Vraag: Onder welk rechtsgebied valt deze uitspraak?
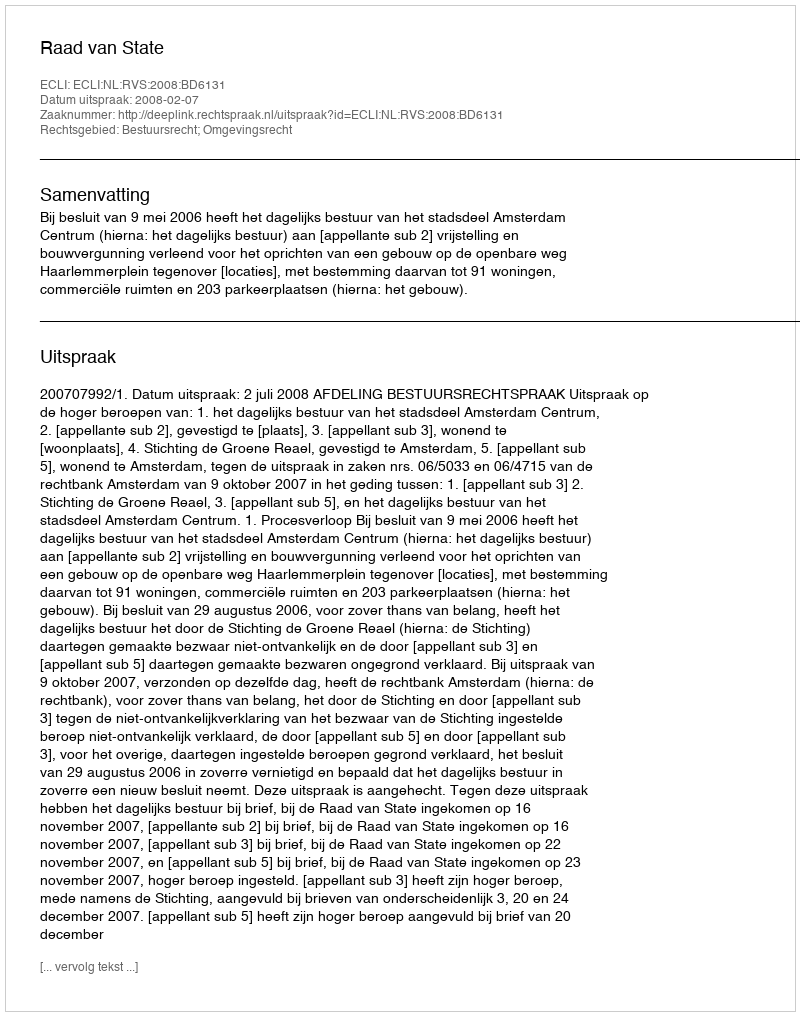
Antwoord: Bestuursrecht; Omgevingsrecht